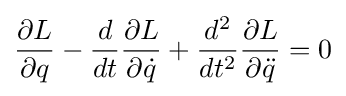
{\frac {\partial L}{\partial q}}-{\frac {d}{dt}}{\frac {\partial L}{\partial {\dot {q}}}}+{\frac {d^{2}}{dt^{2}}}{\frac {\partial L}{\partial {\ddot {q}}}}=0